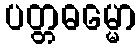
ပတ္တဓမ္မော